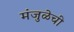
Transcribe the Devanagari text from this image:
मंजुळेची